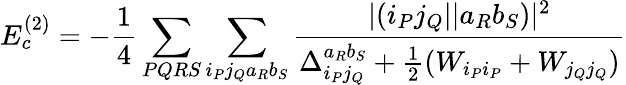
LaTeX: E_{c}^{(2)}=-\frac{1}{4}\sum_{PQRS}\sum_{i_{P}j_{Q}a_{R}b_{S}}\frac{|(i_{P}j_{Q}||a_{R}b_{S})|^{2}}{\Delta_{i_{P}j_{Q}}^{a_{R}b_{S}}+\frac{1}{2}(W_{i_{P}i_{P}}+W_{j_{Q}j_{Q}})}